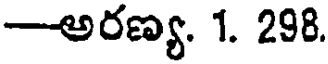
-అరణ్య. 1. 298.